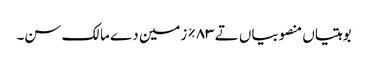
بوہتیاں منصوبیاں تے ٨٣% زمین دے مالک سن۔